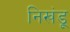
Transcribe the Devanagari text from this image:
निखंडू